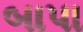
બાપા